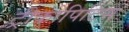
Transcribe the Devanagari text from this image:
ट्रीकोपिटिस